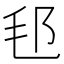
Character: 𣬤